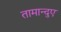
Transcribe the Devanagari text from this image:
तामान्दुए